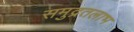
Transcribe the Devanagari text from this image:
समुद्रतलाभ